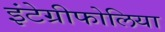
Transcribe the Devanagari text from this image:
इंटेग्रीफोलिया